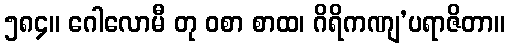
၅၈၄။ ဂေါလောမီ တု ဝစာ စာထ၊ ဂိရိကဏျ’ပရာဇိတာ။